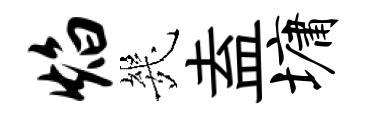
焰㡬盍墉